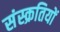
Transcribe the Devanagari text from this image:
संस्क्रतियों